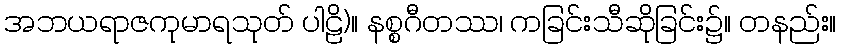
အဘယရာဇကုမာရသုတ် ပါဠိ)။ နစ္စဂီတဿ၊ ကခြင်းသီဆိုခြင်း၌။ တနည်း။